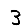
Digit: 3